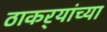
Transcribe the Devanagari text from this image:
ठाकर्‍यांच्या